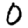
Digit: 0